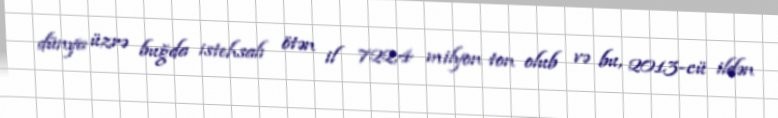
dünya üzrə buğda istehsalı ötən il 722,4 milyon ton olub və bu, 2013-cü ildən